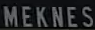
MEKNES